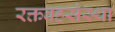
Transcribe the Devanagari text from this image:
रक्तवहसंस्था